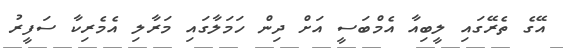
އޭގެ ތެރޭގައި ލީބިއާ އެމްބަސީ އަށް ދިން ހަމަލާގައި މަރާލި އެމެރިކާ ސަފީރު